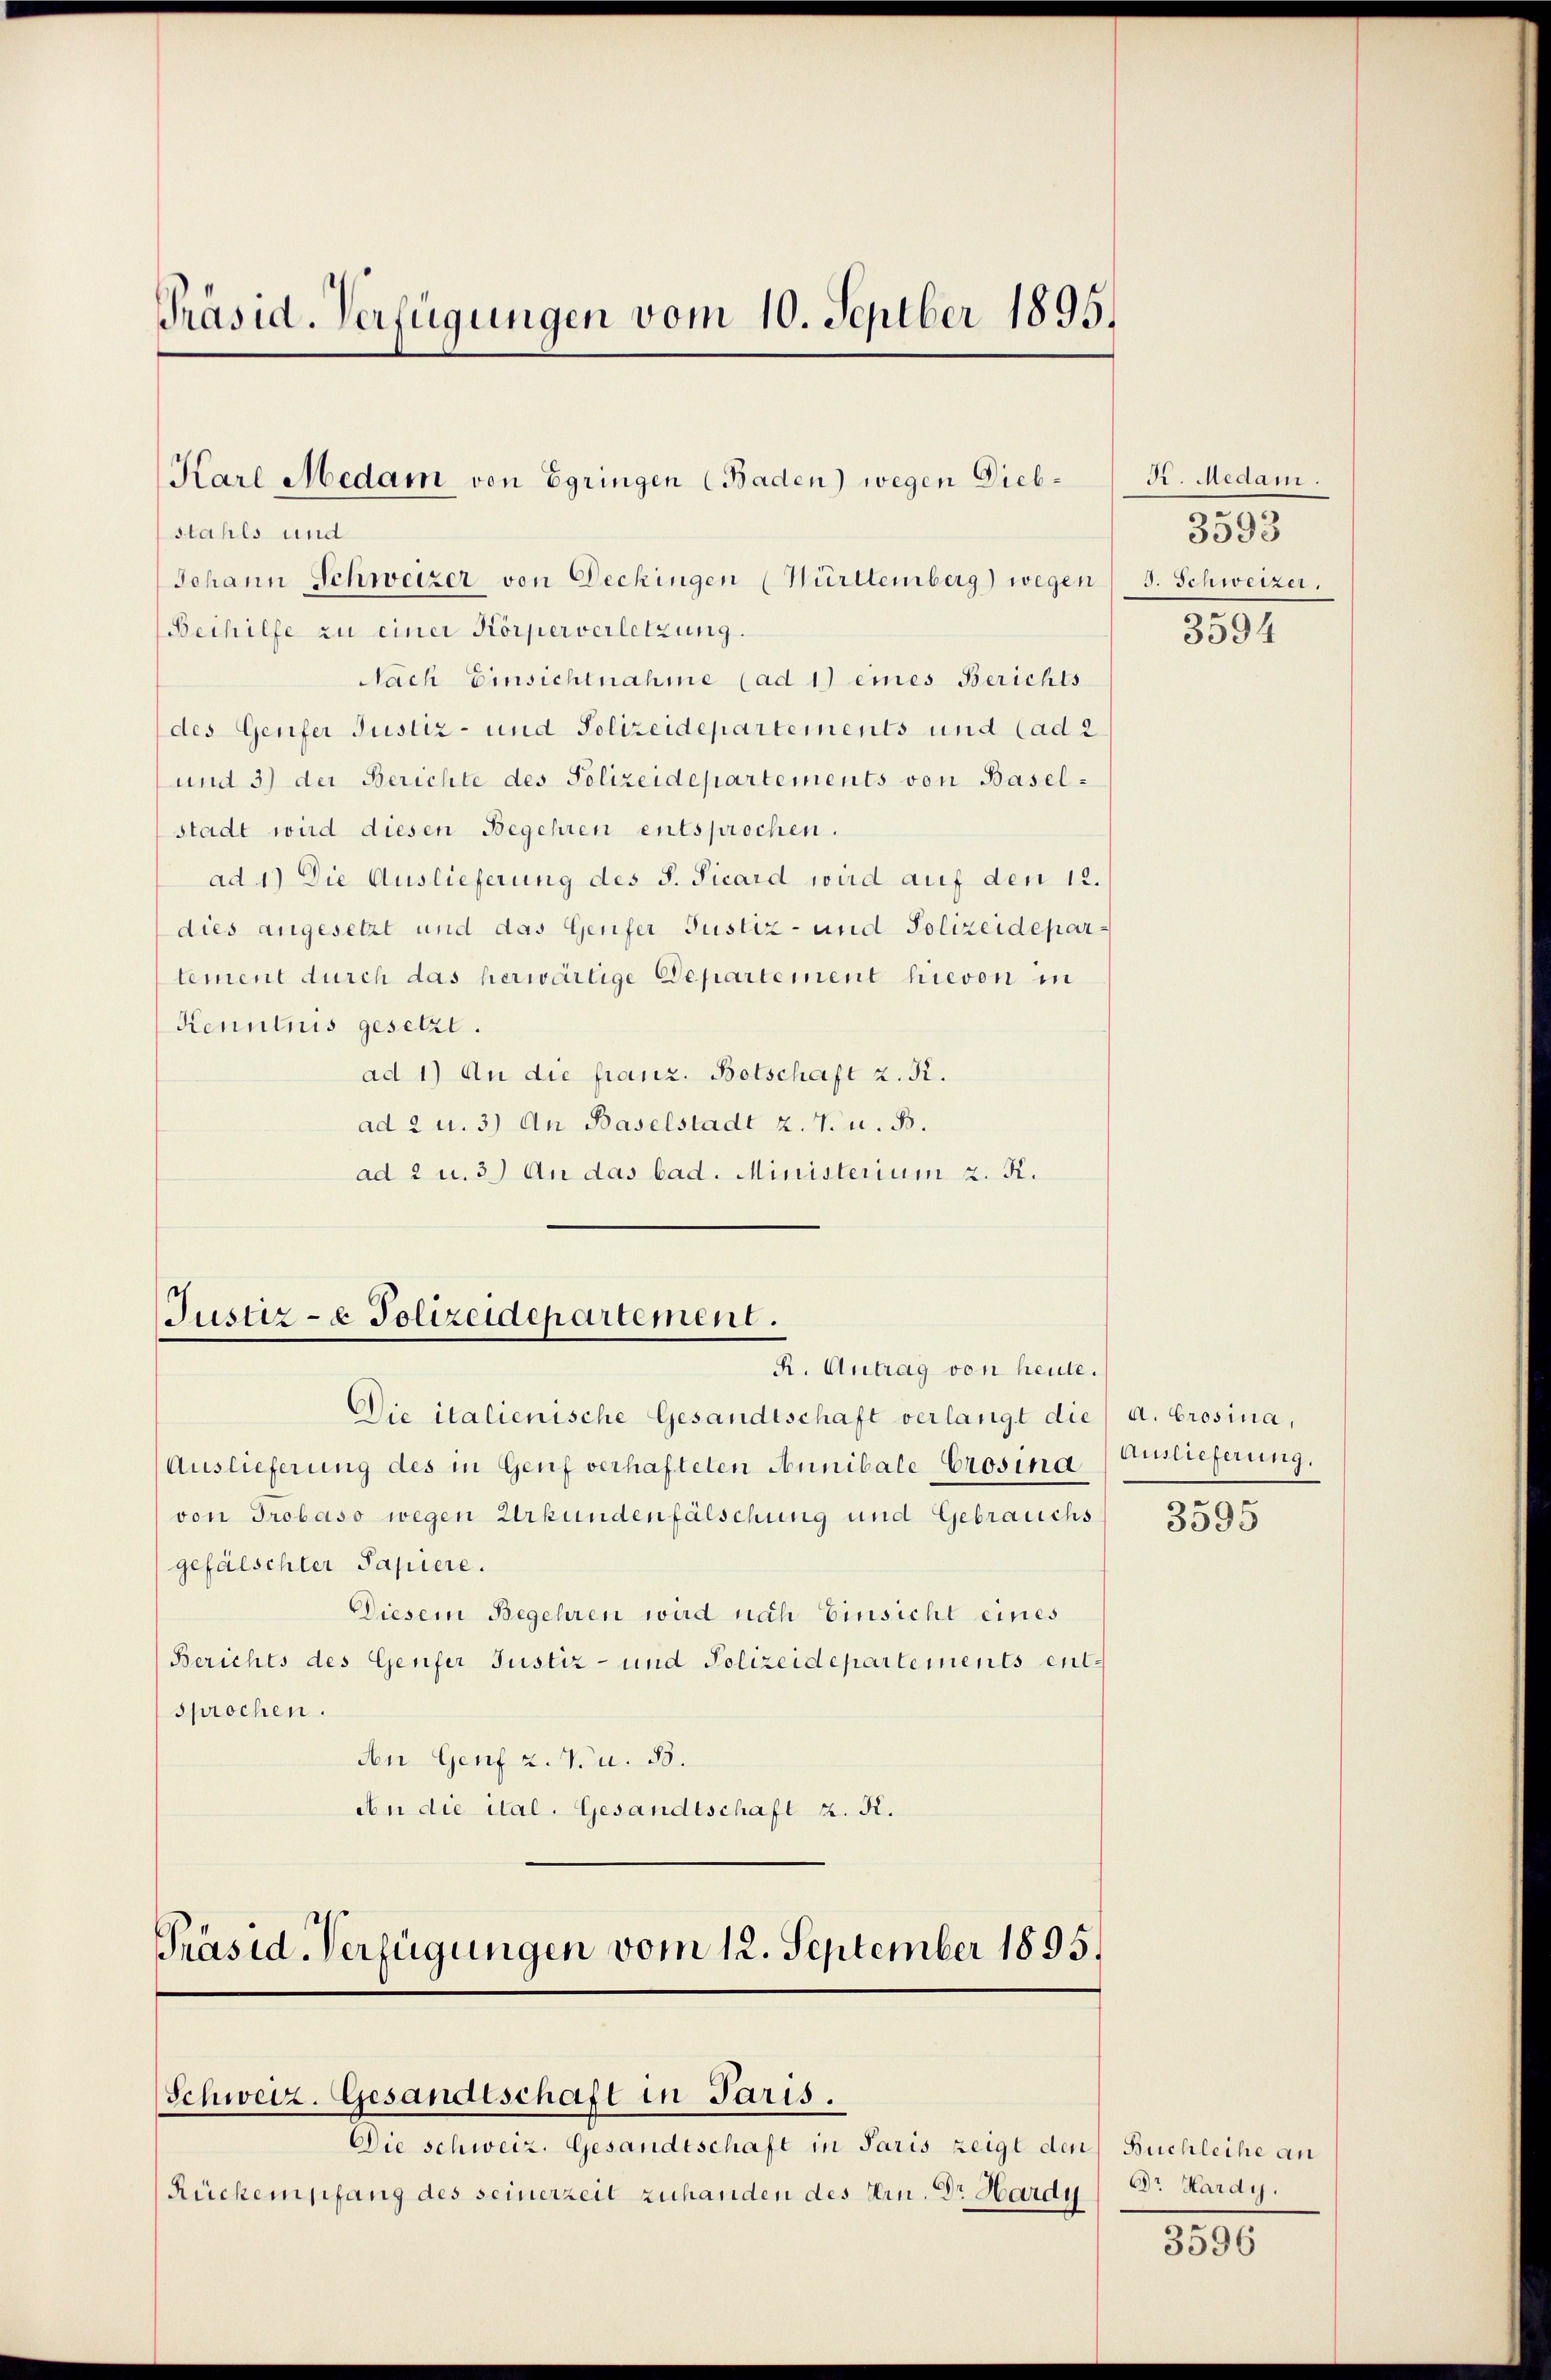
Präsid. Verfügungen vom 10. Septber 1895.

Karl Medam von Egringen (Baden) wegen Dieb¬

stahls und
Johann Schweizer von Deckingen (Württemberg) wegen 3. Schweizer.
Beihilfe zu einer Körperverletzung.
Nach Einsichtnahme (ad 1) eines Berichts
des Genfer Justiz- und Polizeidepartements und (ad 2
und 3) der Berichte des Polizeidepartements von Basel-
stadt wird diesen Begehren entsprochen.
ad 1) Die Auslieferung des S. Picard wird auf den 12.
dies angesetzt und das Genfer Justiz- und Polizeidepartement durch das herwärtige Departement hievon in
Kenntnis gesetzt.
ad 1) An die franz. Botschaft z. R.
ad 2 u. 3) An Baselstadt z. T. u. B.
ad 2 u. 3) An das bad. Ministerium 2. K.

Justiz- & Polizeidepartement.
R. Antrag von heute.

Die italienische Gesandtschaft verlangt die a. Grosina,
Auslieferung des in Genf verhafteten Annibale-Crosina
von Grobaso wegen Urkundenfälschung und Gebrauchs 3595
gefälschter Papiere.
Diesem Begehren wird nach Einsicht eines
Berichts des Genfer Justiz- und Polizeidepartements entsprochen.
den Genf z. T. u. 83.
Aen die ital. Gesandtschaft z. R.

Präsid. Verfügungen vom 12. September 1895.
Schweiz. Gesandtschaft in Paris.

Die schweiz. Gesandtschaft in Paris zeigt den Buchleihe an
Rückempfang des seinerzeit zuhanden des Hrn. Dr Hardy

Fi. Medam.
3593
3594

Auslieferung.

Dr Hardy.

3596